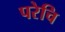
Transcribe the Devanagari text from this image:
परेचि